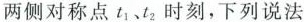
两侧对称点t_{1}、t_{2}时刻，下列说法